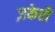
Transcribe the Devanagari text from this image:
ज़केरो